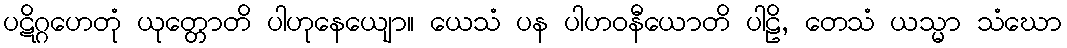
ပဋိဂ္ဂဟေတုံ ယုတ္တောတိ ပါဟုနေယျော။ ယေသံ ပန ပါဟဝနီယောတိ ပါဠိ, တေသံ ယသ္မာ သံဃော